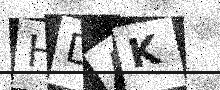
Text: HDAK